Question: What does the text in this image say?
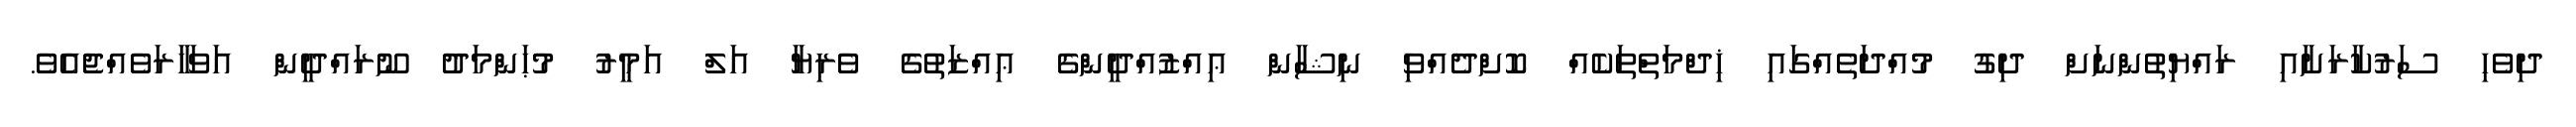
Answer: ދިވެހި ސަރުކާރަށާއި ރައްޔިތުންނަށް ދިގު މުއްދަތެއްގައި ޚިދްމަތްތަކެއް ކޮށްދެއްވި ނިޝާން ޢިއްޒުއްދީންގެ ޢިއްޒަތުގެ ވެރިޔާ އަލް އަމީރު މުޙަންމަދު ނޫރައްދީން އަވަހާރަވެއްޖެއެވެ.